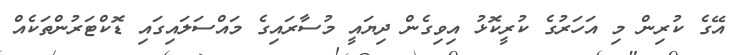
އޭގެ ކުރިން މި އަހަރުގެ ކުރީކޮޅު އިވިގެން ދިޔައީ މުސާރައިގެ މައްސަލައިގައި ޑޮކްޓަރުންތަކެއް